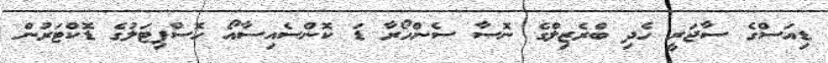
ޑިއަސްގެ ސާޖަރީ ހެދި ބްރެޒިލްގެ ނޮސާ ސެންހޯރާ ޑަ ކޮންސެއިސާއޯ ހޮސްޕިޓަލުގެ ޑޮކްޓަރުން